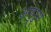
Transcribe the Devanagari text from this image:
अगुपुरा